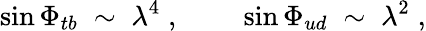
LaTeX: \sin\Phi_{tb}\; \sim\; \lambda^{4}\; ,\; \; \; \; \; \; \; \; \sin\Phi_{ud}\; \sim\; \lambda^{2}\; ,